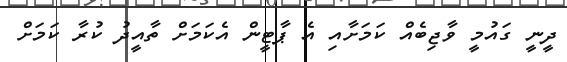
ދީނީ ގައުމީ ވާޖިބެއް ކަމަށާއި އެ ޕާޓީން އެކަމަށް ތާއީދު ކުރާ ކަމަށް